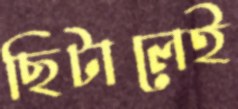
ছিটালেই